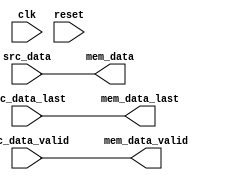
// ***************************************************************************
// ***************************************************************************
// Copyright 2014 - 2017 (c) Analog Devices, Inc. All rights reserved.
//
// In this HDL repository, there are many different and unique modules, consisting
// of various HDL (Verilog or VHDL) components. The individual modules are
// developed independently, and may be accompanied by separate and unique license
// terms.
//
// The user should read each of these license terms, and understand the
// freedoms and responsibilities that he or she has by using this source/core.
//
// This core is distributed in the hope that it will be useful, but WITHOUT ANY
// WARRANTY; without even the implied warranty of MERCHANTABILITY or FITNESS FOR
// A PARTICULAR PURPOSE.
//
// Redistribution and use of source or resulting binaries, with or without modification
// of this file, are permitted under one of the following two license terms:
//
//   1. The GNU General Public License version 2 as published by the
//      Free Software Foundation, which can be found in the top level directory
//      of this repository (LICENSE_GPL2), and also online at:
//      <https://www.gnu.org/licenses/old-licenses/gpl-2.0.html>
//
// OR
//
//   2. An ADI specific BSD license, which can be found in the top level directory
//      of this repository (LICENSE_ADIBSD), and also on-line at:
//      https://github.com/analogdevicesinc/hdl/blob/master/LICENSE_ADIBSD
//      This will allow to generate bit files and not release the source code,
//      as long as it attaches to an ADI device.
//
// ***************************************************************************
// ***************************************************************************

/*
 * Resize the data width between the source interface and the burst memory
 * if necessary.
 */

`timescale 1ns/100ps

module axi_dmac_resize_src #(
  parameter DATA_WIDTH_SRC = 64,
  parameter DATA_WIDTH_MEM = 64
) (
  input clk,
  input reset,

  input src_data_valid,
  input [DATA_WIDTH_SRC-1:0] src_data,
  input src_data_last,

  output mem_data_valid,
  output [DATA_WIDTH_MEM-1:0] mem_data,
  output mem_data_last
);

generate if (DATA_WIDTH_SRC == DATA_WIDTH_MEM)  begin
  assign mem_data_valid = src_data_valid;
  assign mem_data = src_data;
  assign mem_data_last = src_data_last;
end else begin

  localparam RATIO = DATA_WIDTH_MEM / DATA_WIDTH_SRC;

  reg [RATIO-1:0] mask = 'h1;
  reg valid = 1'b0;
  reg last = 1'b0;
  reg [DATA_WIDTH_MEM-1:0] data = 'h0;

  always @(posedge clk) begin
    if (reset == 1'b1) begin
      valid <= 1'b0;
      mask <= 'h1;
    end else if (src_data_valid == 1'b1) begin
      valid <= mask[RATIO-1] || src_data_last;
      if (src_data_last) begin
        mask <= 'h1;
      end else begin
        mask <= {mask[RATIO-2:0],mask[RATIO-1]};
      end
    end else begin
      valid <= 1'b0;
    end
  end

  integer i;

  always @(posedge clk) begin
    for (i = 0; i < RATIO; i = i+1) begin
      if (mask[i] == 1'b1) begin
        data[i*DATA_WIDTH_SRC+:DATA_WIDTH_SRC] <= src_data;
      end
    end
    last <= src_data_last;
  end

  assign mem_data_valid = valid;
  assign mem_data = data;
  assign mem_data_last = last;

end endgenerate

endmodule